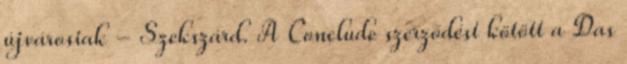
újvárosiak - Szekszárd. A Conclude szerződést kötött a Das